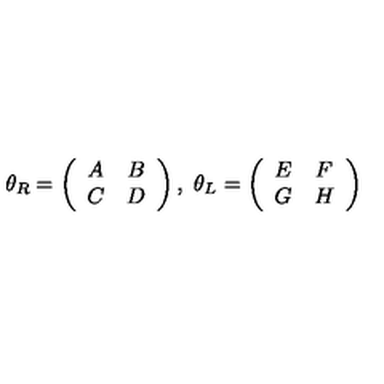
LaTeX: \theta _ { R } = \left( \begin{array} { c c } { A } & { B } \\ { C } & { D } \\ \end{array} \right) , \ \theta _ { L } = \left( \begin{array} { c c } { E } & { F } \\ { G } & { H } \\ \end{array} \right)